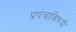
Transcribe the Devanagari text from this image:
प्रपंचाविषयी